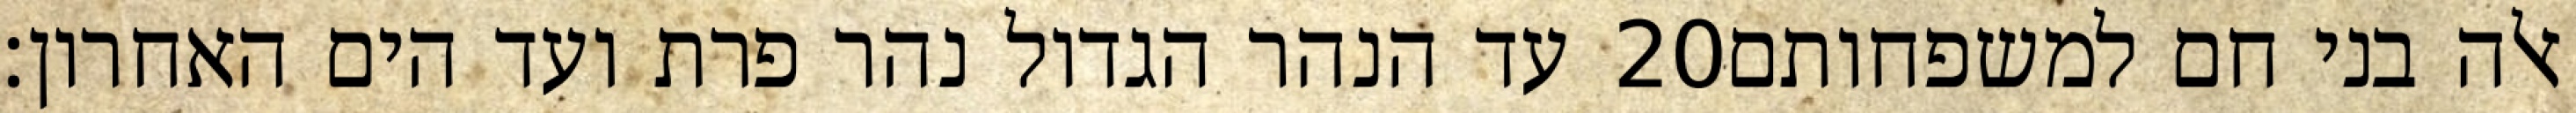
עד הנהר הגדול נהר פרת ועד הים האחרון׃ ‎20‏ אלה בני חם למשפחותם